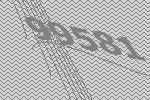
99581